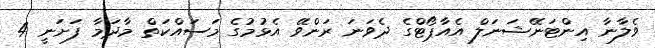
ވެލާނާ އިންޓަނޭޝަނަލް އެއާޕޯޓްގެ ދެވަނަ ރަންވޭ އެޅުމުގެ މަސައްކަތް މާދަމާ ފަށަނީ 4